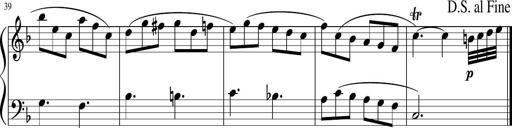
Title: 12 Keyboard Sonatinas
Composer: James Hook